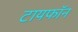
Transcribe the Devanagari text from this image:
टायफॉन